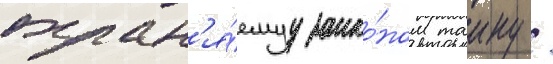
охран'я́емуу зако́ном таину /